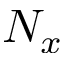
N _ { x }